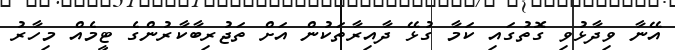
އޭނާ ވިދާޅުވި ގޮތުގައި ކަމާ ގުޅޭ ދާއިރާތަކުން އަށް ތަޖުރިބާކާރުންގެ ޓީމެއް މިހާރު